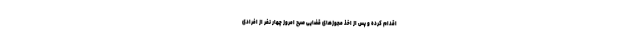
اقدام کرده و پس از اخذ مجوزهای قضایی صبح امروز چهار نفر از افرادی